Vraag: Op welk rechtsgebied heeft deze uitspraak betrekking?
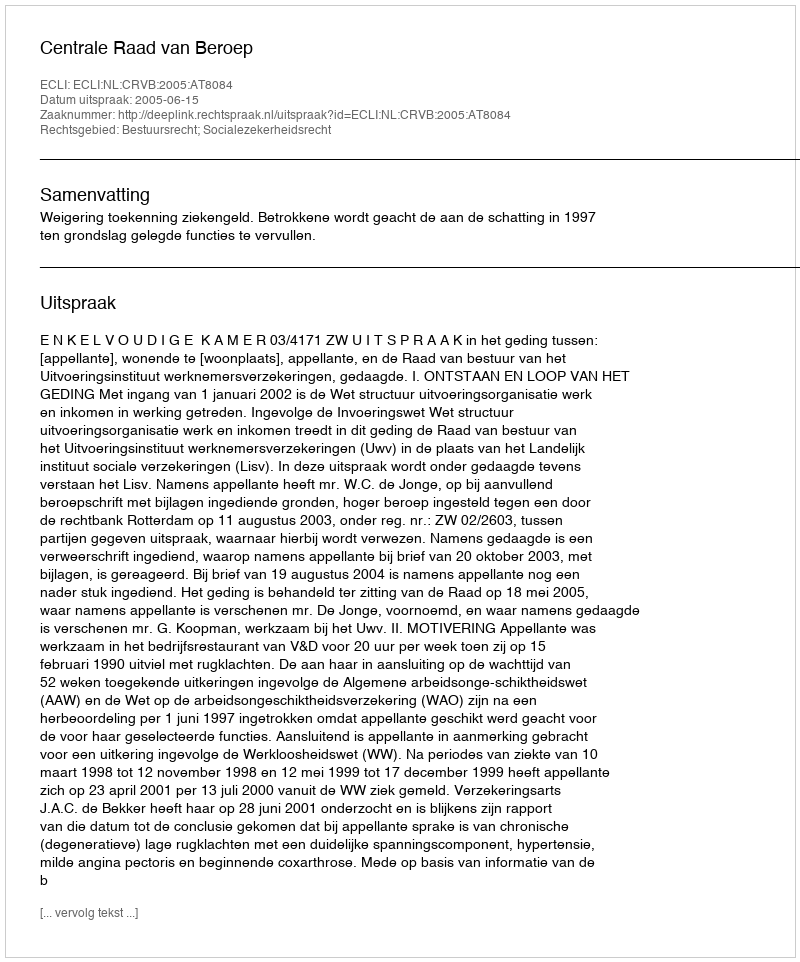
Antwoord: Bestuursrecht; Socialezekerheidsrecht